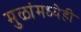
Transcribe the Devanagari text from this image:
मुळांमध्येही